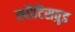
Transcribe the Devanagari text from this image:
स्पौटिसवुड